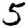
Digit: 5